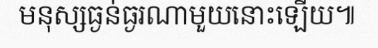
មនុស្សធ្ងន់ធ្ងរណាមួយនោះឡើយ៕